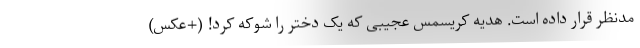
مدنظر قرار داده است. هدیه کریسمس عجیبی که یک دختر را شوکه کرد! (+عکس)